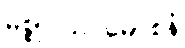
မစ္စုပါသပ္ပမောစနံ